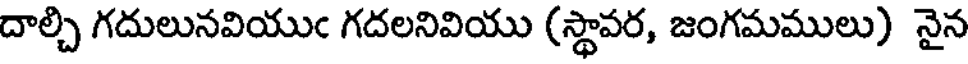
దాల్చి గదులునవియుఁ గదలనివియు (స్థావర, జంగమములు) నైన